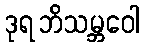
ဒုရဘိသမ္ဘဝေါ